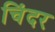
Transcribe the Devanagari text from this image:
चिंदर